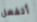
أتفعل